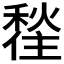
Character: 𪝲